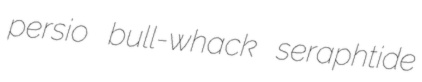
persio bull-whack seraphtide